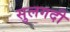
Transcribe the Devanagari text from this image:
सुलगदी